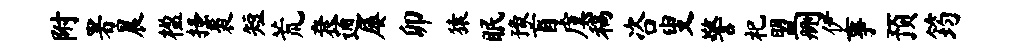
附署晨楹搔裘短荒衰通屡卯猿眠豫盲虞稿咨叟警祀盟删伊事预筠